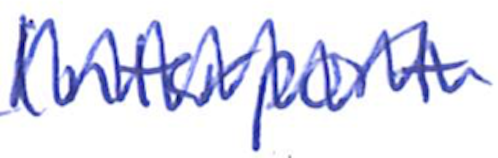
Text: Interport
Cross-out: zig-zag
Writing tool: ballpoint